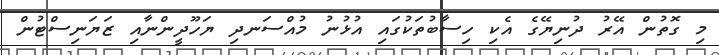
މި ގޮތުން އޭރު ދުނިޔޭގެ އެކި ހިސާބުތަކުގައި އުޅުނު މުއްސަނދި ޔަހޫދީންނާއި ޒަޔަނިސްޓުން